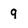
Character: q